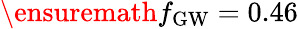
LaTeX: \ensuremath{f_{\mathrm{GW}}}=0.46